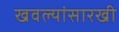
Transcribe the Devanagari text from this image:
खवल्यांसारखी